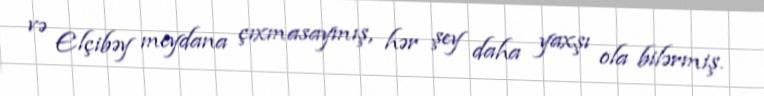
və Elçibəy meydana çıxmasaymış, hər şey daha yaxşı ola bilərmiş.